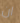
ان